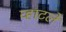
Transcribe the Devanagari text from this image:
व्हाटले